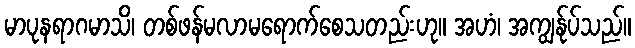
မာပုနရာဂမာသိ၊ တစ်ဖန်မလာမရောက်စေသတည်းဟု။ အဟံ၊ အကျွန်ုပ်သည်။